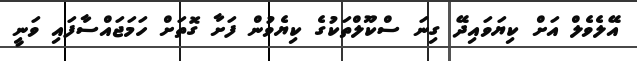
އޭލެވެލް އަށް ކިޔަވައިދޭ ގިނަ ސްކޫލްތަކުގެ ކިޔެވުން ފަށާ ގޮތަށް ހަމަޖައްސާފައި ވަނީ